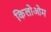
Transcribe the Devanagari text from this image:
किलोओम